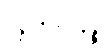
ပစ္စတ္ထိကာနဉ္စ